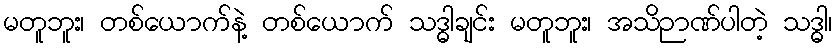
မတူဘူး၊ တစ်ယောက်နဲ့ တစ်ယောက် သဒ္ဓါချင်း မတူဘူး၊ အသိဉာဏ်ပါတဲ့ သဒ္ဓါ၊